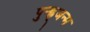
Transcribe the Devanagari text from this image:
पुन्ह्र्जन्म